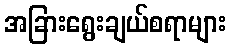
အခြားရွေးချယ်စရာများ